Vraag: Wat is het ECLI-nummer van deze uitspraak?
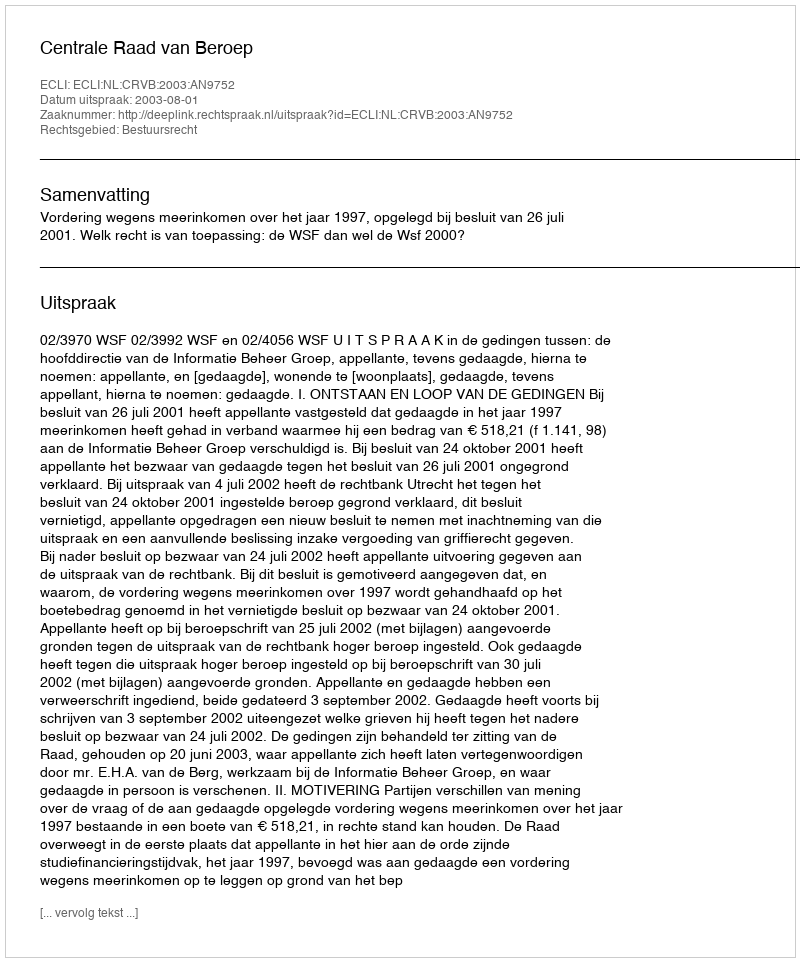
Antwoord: ECLI:NL:CRVB:2003:AN9752